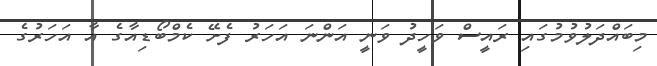
މިބައްދަލުވުމުގައި ރައީސް ވަހީދު ވަނީ އަންނަ އަހަރު ފެށޭ ކެމްބޯޑިއާގެ އާ އަހަރުގެ